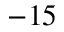
- 1 5